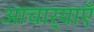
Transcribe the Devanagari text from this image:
आचार्याएँ